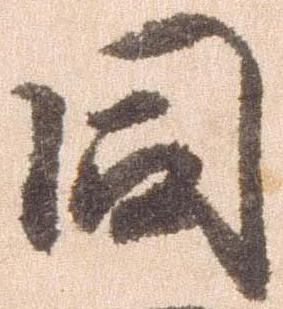
同